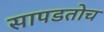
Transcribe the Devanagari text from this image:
सापडतोच